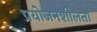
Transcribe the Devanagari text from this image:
प्रयोजनशीलता